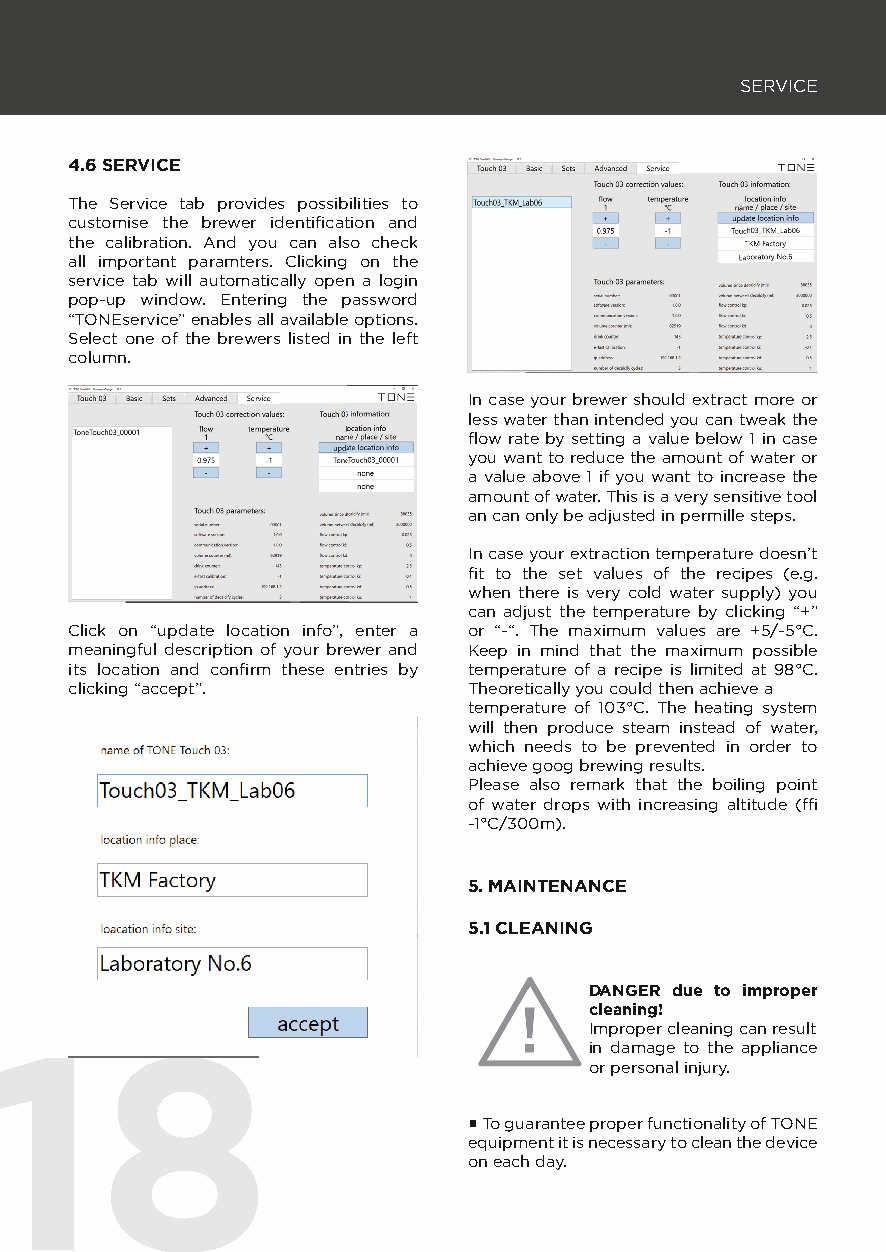
SERVICE
 4.6 SERVICE
 The Service tab provides possibilities to
 customise the brewer identifi cation and
 the calibration. And you can also check
 all important paramters. Clicking on the
 service tab will automatically open a login
 pop-up window. Entering the password
 “TONEservice” enables all available options.
 Select one of the brewers listed in the left
 column.
 In case your brewer should extract more or
 less water than intended you can tweak the
 fl ow rate by setting a value below 1 in case
 you want to reduce the amount of water or
 a value above 1 if you want to increase the
 amount of water. This is a very sensitive tool
 an can only be adjusted in permille steps.
 In case your extraction temperature doesn’t
 fi t to the set values of the recipes (e.g.
 when there is very cold water supply) you
 can adjust the temperature by clicking “+”
 Click on “update location info”, enter a or “-“. The maximum values are +5/-5°C.
 meaningful description of your brewer and Keep in mind that the maximum possible
 its location and confi rm these entries by temperature of a recipe is limited at 98°C.
 clicking “accept”.        Theoretically you could then achieve a
 temperature of 103°C. The heating system
 will then produce steam instead of water,
 which needs to be prevented in order to
 achieve goog brewing results.
 Please also remark that the boiling point
 of water drops with increasing altitude (≈
 -1°C/300m).
 5. MAINTENANCE
 5.1 CLEANING
 DANGER due to improper
 cleaning!
 1188                                   Improper cleaning can result
 in damage to the appliance
 or personal injury.
 ▪ To guarantee proper functionality of TONE
 equipment it is necessary to clean the device
 on each day.